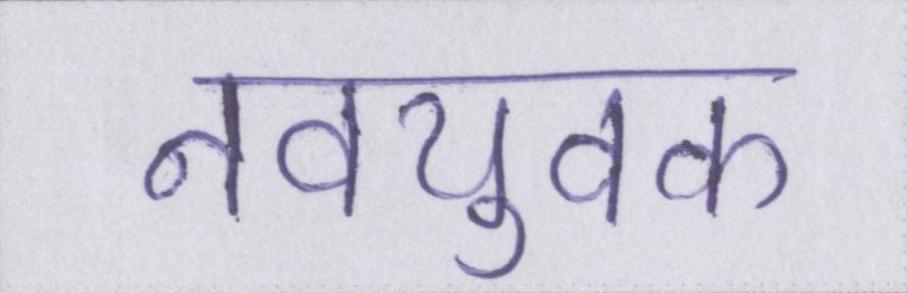
नवयुवक